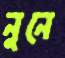
নুনে